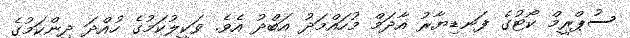
ސުޕްރީމް ކޯޓުގެ ފަނޑިޔާރު އާދަމް މުހައްމަދު އަބްދު އެވެ. ވަކީލުކަމުގެ ހުއްދަ ދިންކަމުގެ